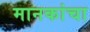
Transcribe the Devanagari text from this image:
मानकांचा